Problem: 30 + 32 = ?
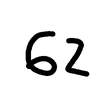
Handwritten answer: 62